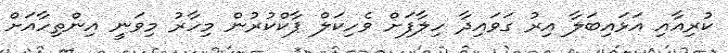
ކުރިއާއި އަޅައިބަލާ އިރު ގަވައިދާ ހިލާފަށް ވެހިކަލް ޕާކްކުރުން މިހާރު މިވަނީ އިންތިހާއަށް